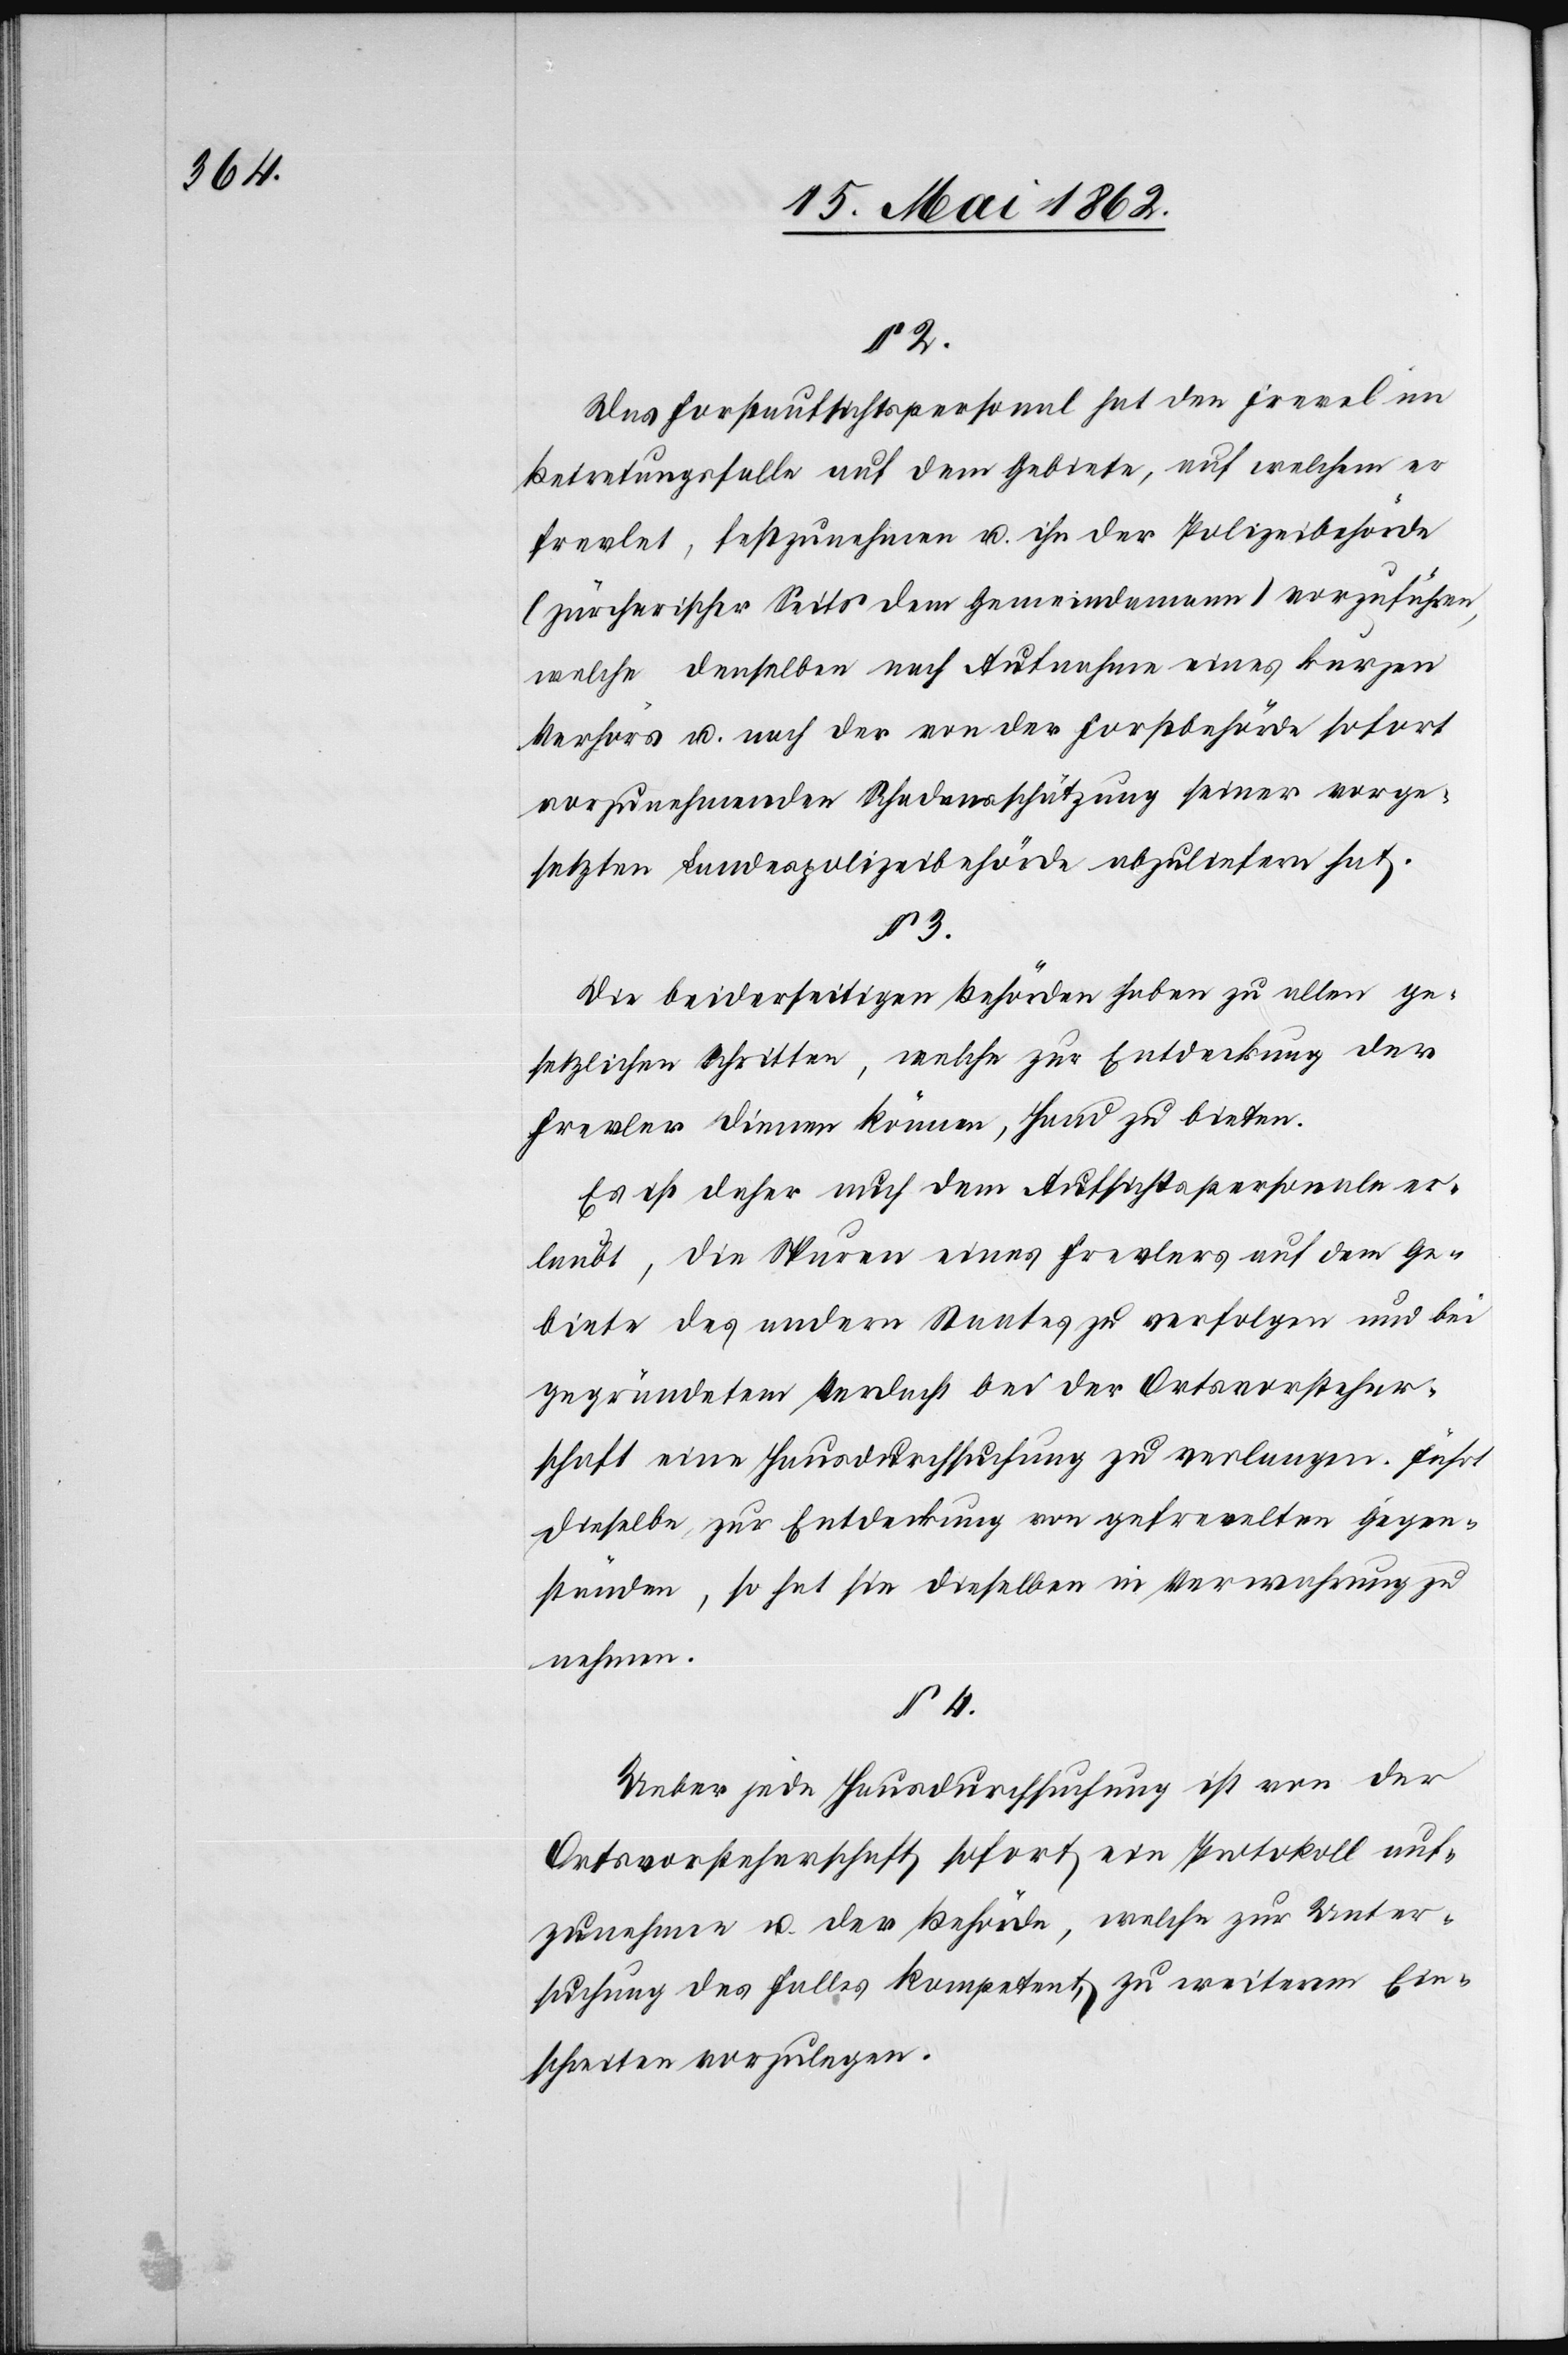
§ 2.
Das Forstaufsichtspersonal hat den Frevel im
Betretungsfalle auf dem Gebiete, auf welchem er
frevlet, festzunehmen u. ihn der Polizeibehörde
(zürcherischer Seits dem Gemeindammann) vorzuführen,
welche denselben nach Aufnahme eines kurzen
Verhörs u. nach der von der Forstbehörde sofort
vorzunehmenden Schadensschätzung seiner vorge¬
setzten Landespolizeibehörde abzuliefern hat.
§ 3.
Die beiderseitigen Behörden haben zu allen ge¬
setzlichen Schritten, welche zur Entdeckung der
Frevler dienen können, Hand zu bieten.
Es ist daher auch dem Aufsichtspersonale er¬
laubt, die Spuren eines Frevlers auf dem Ge¬
biete des andern Staates zu verfolgen und bei
gegründetem Verdacht bei der Ortsvorsteher¬
schaft eine Hausdurchsuchung zu verlangen. Führt
dieselbe zur Entdeckung von gefrevelten Gegen¬
ständen, so hat sie dieselben in Verwahrung zu
nehmen.
§ 4.
Ueber jede Hausdurchsuchung ist von der
Ortsvorsteherschaft sofort ein Protokoll auf¬
zunehmen u. der Behörde, welche zur Unter¬
suchung des Falles kompetent, zu weiterem Ein¬
schreiten vorzulegen.